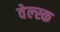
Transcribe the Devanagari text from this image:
वेल्स्क